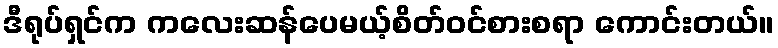
ဒီရုပ်ရှင်က ကလေးဆန်ပေမယ့်စိတ်ဝင်စားစရာ ကောင်းတယ်။